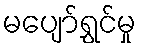
မပျော်ရွှင်မှု